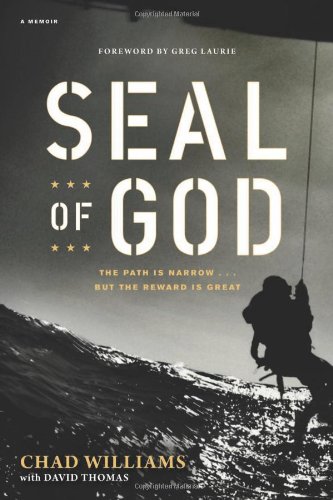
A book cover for SEAL of God; Chad Williams; History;